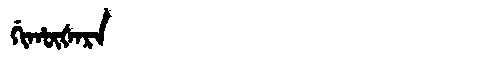
Manchu: ᡤᡳᡥᡡᡧᠠᡵᠠ
Romanization: GIHŪŠARA